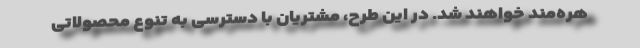
هره‌مند خواهند شد. در این طرح،‌ مشتریان با دسترسی به تنوع محصولاتی